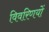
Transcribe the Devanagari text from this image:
विवरिणयों